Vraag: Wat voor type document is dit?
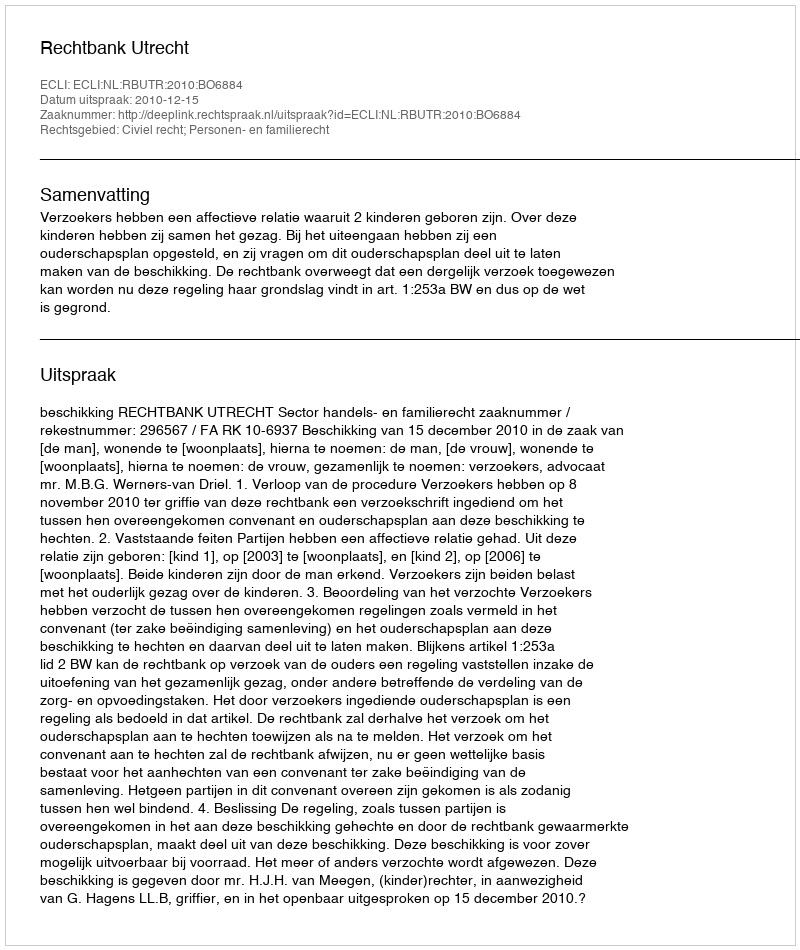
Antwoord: Uitspraak